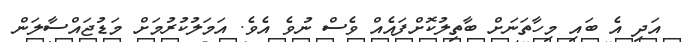
އަދި އެ ބައި މިހާތަނަށް ބާތިލުކޮށްފައެއް ވެސް ނުވެ އެވެ. އަމަލުކުރުމަށް މަޑުޖައްސާލަން